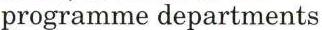
programme departments